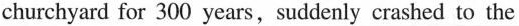
churchyard for 300 years,suddenly crashed to the